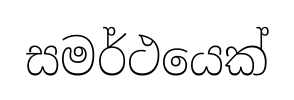
සමර්ථයෙක්